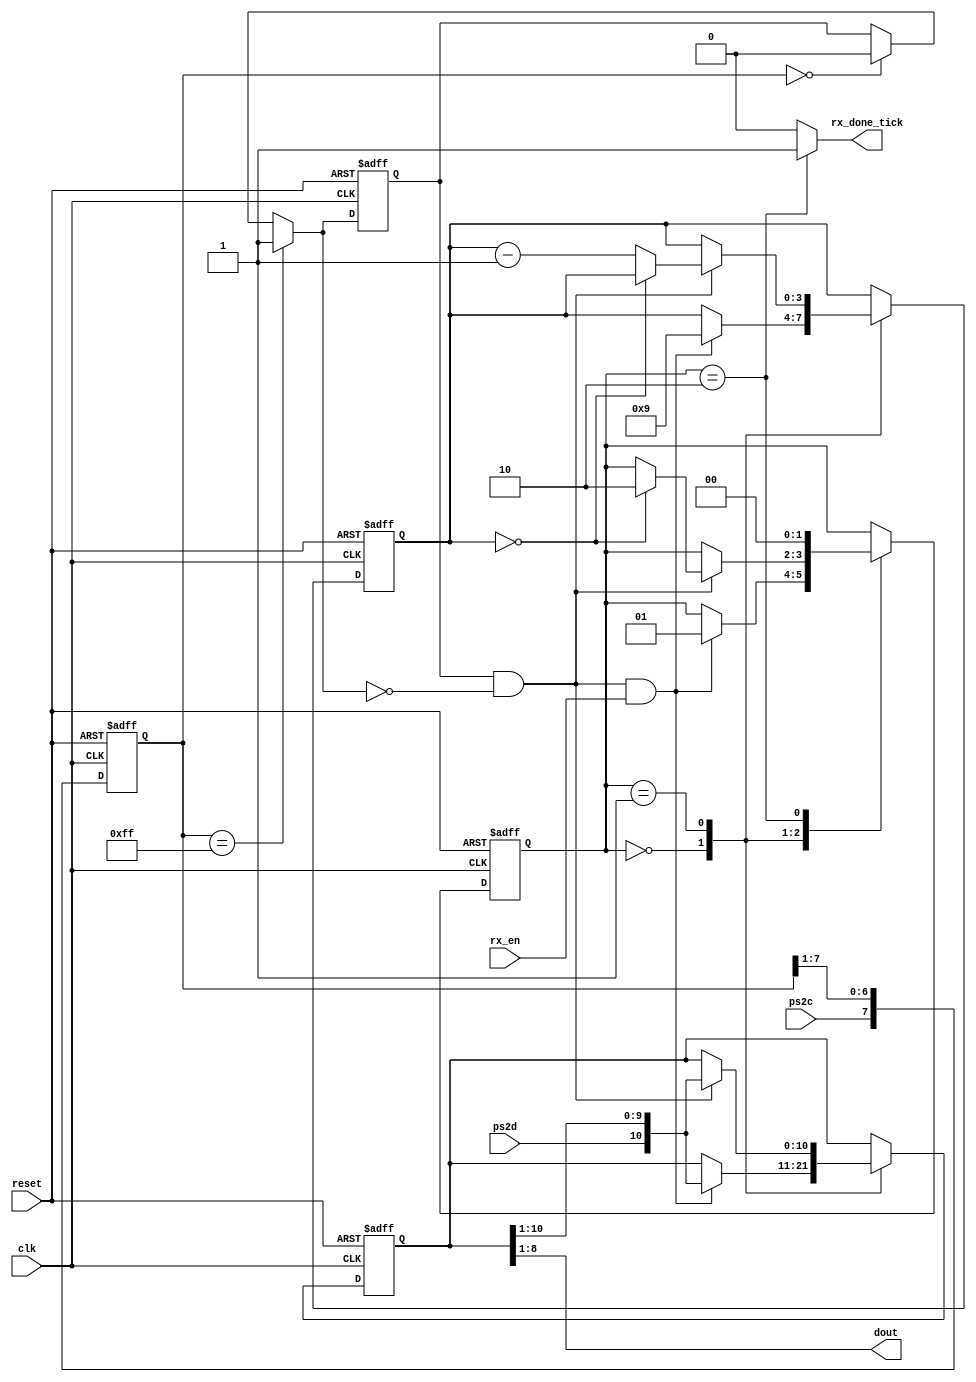
`timescale 1ns / 1ps
//////////////////////////////////////////////////////////////////////////////////
// Company: 
// Engineer: 
// 
// Design Name: 
// Module Name:    receptor_de_teclado 
// Project Name: 
// Target Devices: 
// Tool versions: 
// Description: 
//
// Dependencies: 
//
// Revision: 
// Revision 0.01 - File Created
// Additional Comments: 
//
//////////////////////////////////////////////////////////////////////////////////
module receptor_de_teclado(
    input wire clk, reset,
    input wire ps2d, ps2c, rx_en,
    output reg rx_done_tick,
    output wire [7:0] dout
   );

   // symbolic state declaration
   localparam [1:0]
      idle = 2'b00,
      dps  = 2'b01,
      load = 2'b10;

   // signal declaration
   reg [1:0] state_reg, state_next;
   reg [7:0] filter_reg;
   wire [7:0] filter_next;
   reg f_ps2c_reg;
   wire f_ps2c_next;
   reg [3:0] n_reg, n_next;
   reg [10:0] b_reg, b_next;
   wire fall_edge;

   // body
   //=================================================
   // filter and falling-edge tick generation for ps2c
   //=================================================
   always @(posedge clk, posedge reset)
   if (reset)
      begin
         filter_reg <= 0;
         f_ps2c_reg <= 0;
      end
   else
      begin
         filter_reg <= filter_next;
         f_ps2c_reg <= f_ps2c_next;
      end

   assign filter_next = {ps2c, filter_reg[7:1]};
   assign f_ps2c_next = (filter_reg==8'b11111111) ? 1'b1 :
                        (filter_reg==8'b00000000) ? 1'b0 :
                         f_ps2c_reg;
   assign fall_edge = f_ps2c_reg & ~f_ps2c_next;

   //=================================================
   // FSMD
   //=================================================
   // FSMD state & data registers
   always @(posedge clk, posedge reset)
      if (reset)
         begin
            state_reg <= idle;
            n_reg <= 0;
            b_reg <= 0;
         end
      else
         begin
            state_reg <= state_next;
            n_reg <= n_next;
            b_reg <= b_next;
         end
   // FSMD next-state logic
   always @*
   begin
      state_next = state_reg;
      rx_done_tick = 1'b0;
      n_next = n_reg;
      b_next = b_reg;
      case (state_reg)
         idle:
            if (fall_edge & rx_en)
               begin
                  // shift in start bit
                  b_next = {ps2d, b_reg[10:1]};
                  n_next = 4'b1001;
                  state_next = dps;
               end
         dps: // 8 data + 1 parity + 1 stop
            if (fall_edge)
               begin
                  b_next = {ps2d, b_reg[10:1]};
                  if (n_reg==0)
                     state_next = load;
                  else
                     n_next = n_reg - 1;
               end
         load: // 1 extra clock to complete the last shift
            begin
               state_next = idle;
               rx_done_tick = 1'b1;
            end
      endcase
   end
   // output
   assign dout = b_reg[8:1]; // data bits

endmodule